Papaver somniferum - Opium : an extract from the sixth volume of the Dictionary of Economic Products of India
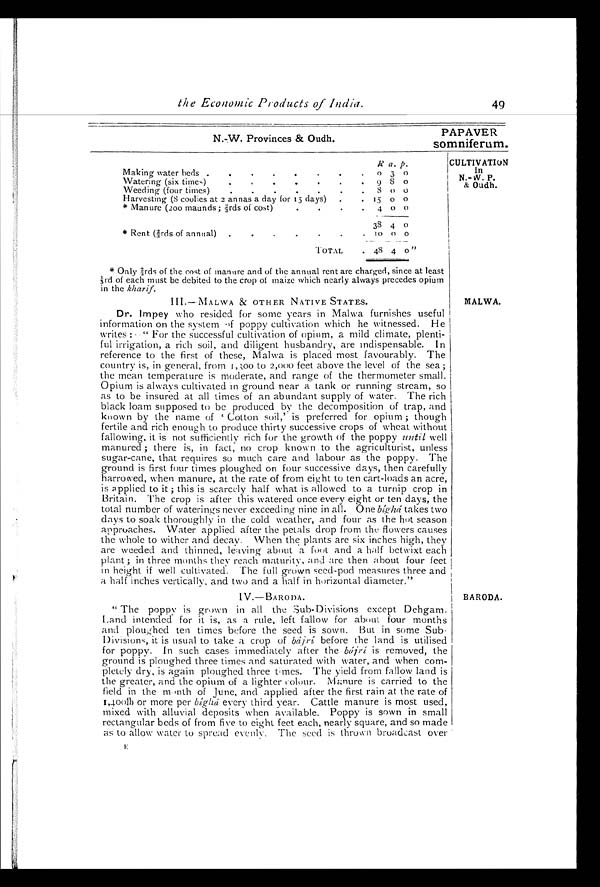
the Economic Products of India.
N.-W. Provinces & Oudh.
49
PAPAVER
somniferum.
R a. p.
Making water beds .
.
.
.
.
.
.
.
0 3 0
Watering (six times)
9 8 0
Weeding (four times).
.
.
.
.
.
. 8 0 0
Harvesting (8 coolies at 2 annas a day for 15 days)
.
.
1 5 0 0
.
.
* Manure (2oo maunds; 2/3rds of cost). 4 0 0
.
.
.
* Rent (2/3rds of annual) . . . .
38 1 0 4 0 0
0
ToTAL
. 48 4 0 "
CULTIVATION
in
N.-W. P.
&amp Oudh.
* O n l y 2 / 3 r d s o f t h e c o s t o f m a n u r e a n d o f t h e a n n u a l r e n t a r e c h a r g e d , s i n c e a t l e a s t
1 / 3 r d o f e a c h m u s t b e d e b i t e d t o t h e c r o p o f m a i z e w h i c h n e a r l y a l w a y s p r e c e d e s o p i u m
in the kharif.
I I I . – M A L W A & O T H E R N A T I V E S T A T E S .
Dr. Impey who resided for some years in Malwa furnishes useful
information on the system of poppy cultivation which he witnessed. He
writes : - " For the successful cultivation of opium, a mild climate, plenti
-ful irrigation, a rich soil, and diligent husbandry, are indispensable. In
reference to the first of these, Malwa is placed most favourably. The
country is, in general, from 1,300 to 2,000 feet above the level of the sea;
the mean temperature is moderate, and range of the thermometer small.
Opium is always cultivated in ground near a tank or running stream, so
as to be insured at all times of an abundant supply of water. The rich
black loam supposed to be produced by the decomposition of trap, and
known by t he name of ' Cot t on soi l , ' i s preferred for opi um ; t hough
fertile and rich enough to produce thirty successive crops of wheat without
fallowing, it is not sufficiently rich for the growth of the poppy until well
manured ; there is, in fact, no crop known to the agriculturist, unless
sugar-cane, that requires so much care and labour as the poppy. The
ground is first four times ploughed on four successive days, then carefully
harrowed, when manure, at the rate of from eight to ten cart-loads an acre,
is applied to it ; this is scarcely half what is allowed to a turnip crop in
Britain. The crop is after this watered once every eight or ten days, the
total number of waterings never exceeding nine in all. One b í g h á
t a k e s t w o
days to soak thoroughly in the cold weather, and four as the hot season
approaches. Water applied after the petals drop from the flowers causes
the whole to wither and decay. When the plants are six inches high, they
are weeded and thinned, leaving about a foot and a half betwixt each
plant ; in three months they reach maturity, and are then about four feet
in height if well cultivated. The full grown seed-pod measures three and
a half inches vertically, and two and a half in horizontal diameter."
IV.—BARODA.
" The poppy is grown in all the Sub-Divisions except Dehgam.
Land intended for it is, as a rule, left fallow for about four months
and ploughed ten times before the seed is sown. But in some Sub-
Division, it is usual to take a crop of bá jrí before the land is utilised
for poppy. In such cases immediately after the bájrí is removed, the
ground is ploughed three times and saturated with water, and when com-
pletely dry, is again ploughed three times. The yield from fallow land is
the greater, and the opium of a lighter colour. Manure is carried to the
field in the month of June, and applied after the first rain at the rate of
1,400fb or more per bíghá every third year. Cattle manure is most used,
mixed with alluvial deposits when available. Poppy is sown in small
rectangular beds of from five to eight feet each, nearly square, and so made
as to allow water to spread evenly. The seed is thrown broadcast over
E
MALWA.
BARODA.